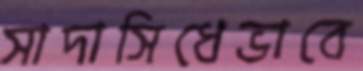
সাদাসিধেভাবে